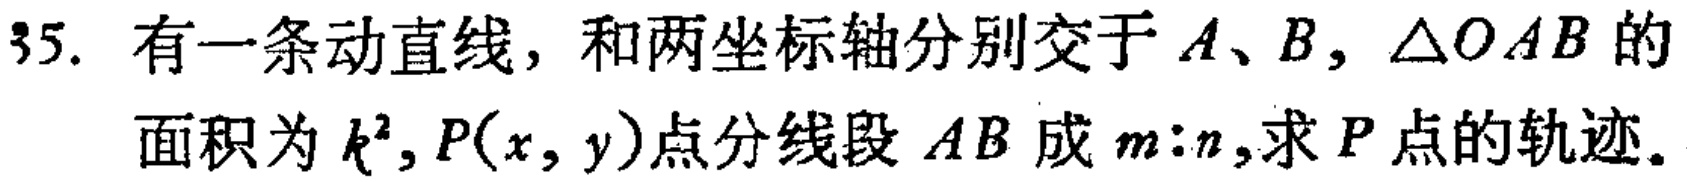
35. 有一条动直线，和两坐标轴分别交于\(A、B\)，\(\triangle OAB\)的面积为\(k^{2},P(x,y)\)点分线段\(AB\)成\(m:n\)，求\(P\)点的轨迹。